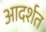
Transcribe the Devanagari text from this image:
आदर्शत